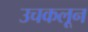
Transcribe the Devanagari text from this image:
उचकलून